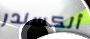
ألكسندر